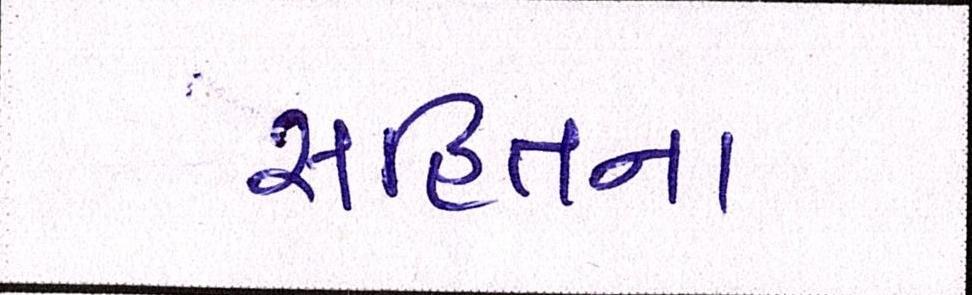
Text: સહિતના